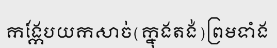
កង្កែបយកសាច់(ក្នុងតង់)ព្រមទាំង